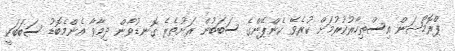
ޕްރޮމޯޝަން އިސްތިހާރުކުރުމަށް ކުރެވޭ ކެންޕޭންގެ ސަބަބުން ރަށުތެރެ ގޮނޑުވާން ދިމާވާ އެންމެބޮޑު ސަބަބަކީ